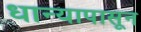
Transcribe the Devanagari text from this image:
धान्यापासून